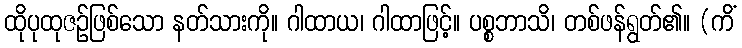
ထိုပုထုဇဉ်ဖြစ်သော နတ်သားကို။ ဂါထာယ၊ ဂါထာဖြင့်။ ပစ္စဘာသိ၊ တစ်ဖန်ရွတ်၏။ (ကိံ